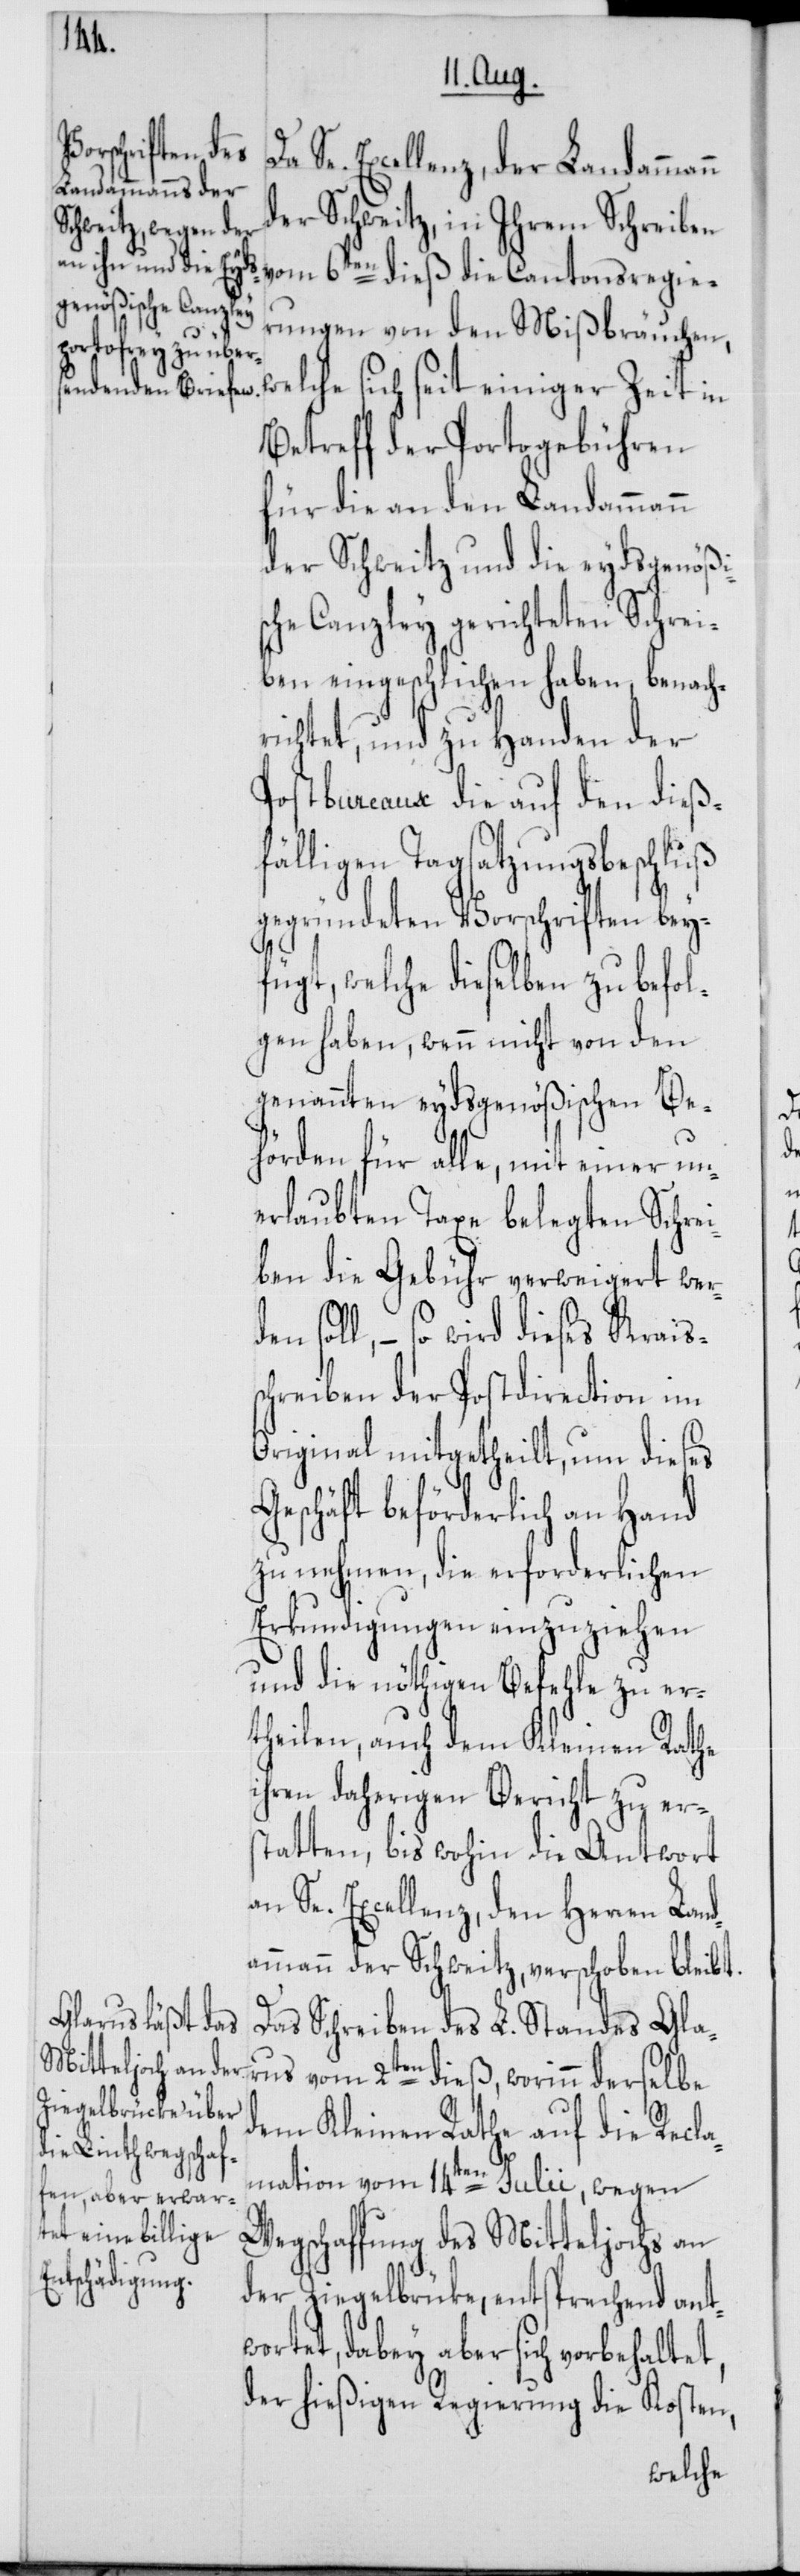
den
Se. Excellenz, der Landammann
der Schweitz, in Ihrem Schreiben
rungen von den Mißbräuchen,
Betreff der Portogebühren
für die an den Landammann
der Schweitz und die eydsgenößi¬
sche Canzley gerichteten Schrei¬
ben eingeschlichen haben, benach¬
richtet, und zu Handen der
Postbureaux die auf den dieß¬
fälligen Tagsatzungsbeschluß
gegründeten Vorschriften bey¬
fügt, welche dieselben zu befol¬
gen haben, wenn nicht von den
genannten eydsgenößischen Be¬
hörden für alle, mit einer un¬
erlaubten Taxe belegten Schrei¬
ben die Gebühr verweigert wer¬
– so wird dieses Kraiss¬
chreiben der Postdirection im
Original mitgetheilt, um dieses
Geschäft beförderlich an Hand
zu nehmen, die erforderlichen
Erkundigungen einzuziehen
und die nöthigen Befehle zu er¬
theilen, auch dem Kleinen Rathe
ihren daherigen Bericht zu ers¬
tatten, bis wohin die Antwort
an Se. Excellenz, den Herren Land¬
ammann der Schweitz, verschoben bleibt.
Das Schreiben des L. Standes Gla¬
rus vom 2ten dieß, worinn derselbe
dem Kleinen Rathe auf die Recla¬
die Cantonsregie¬
mation vom 14ten Julii, wegen
Wegschaffung des Mitteljochs an
der Ziegelbrüke, entsprechend ant¬
wortet, dabey aber sich vorbehaltet,
der hießigen Regierung die Kosten,
welche